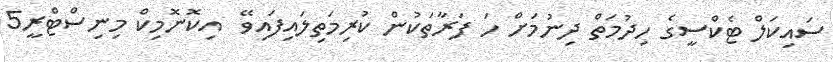
ސައިކަލް ޓެކްސީގެ ހިދުމަތް ދިނުމަށް ހަ ފަރާތަކުން ކުރިމަތިލައިފައިވޭ  އިކޮނޮމިކް މިނިސްޓްރީ5